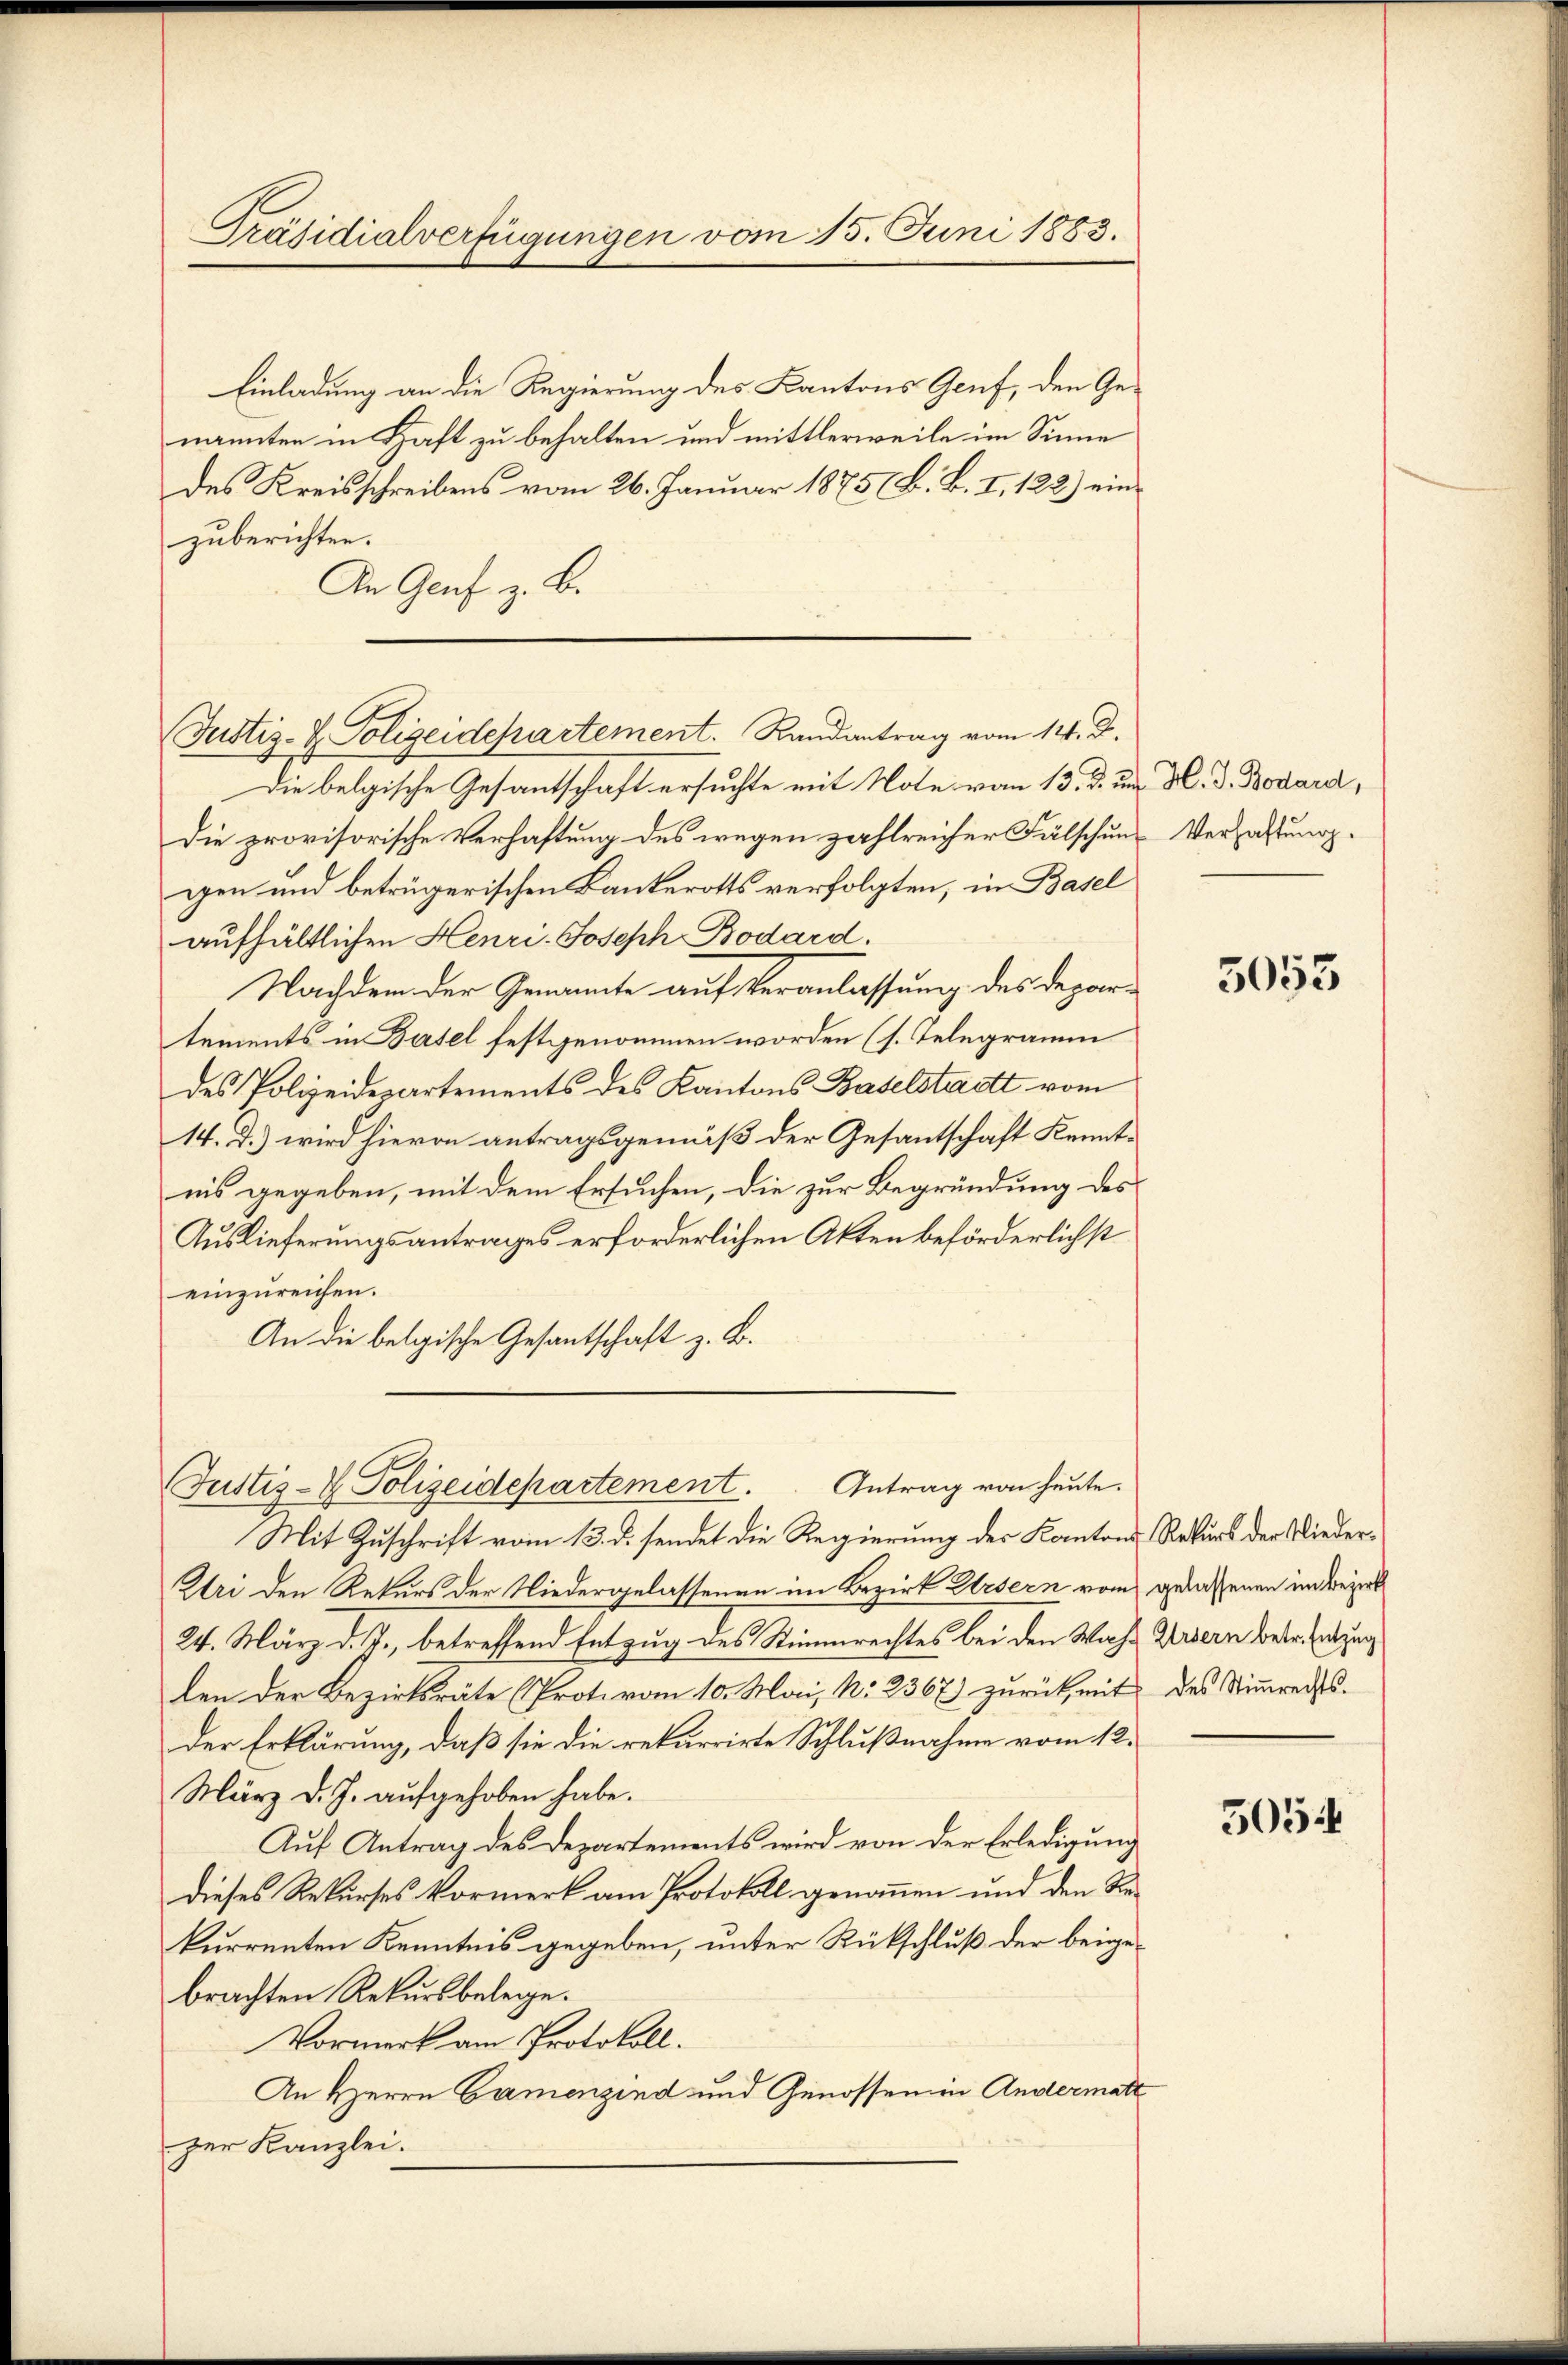
Präsidialverfügungen vom 15. Juni 1883.

Einladung an die Regierung des Kantons Genf, den Genannten in Haft zu behalten und mittlerweile im Sinne
des Kreisschreibens vom 26. Januar 1875 (B. B. I. 123.) einzuberichten.
An Genf z. B.

Die belgische Gesantschaft ersuchte mit Note vom 13. d. um H. d. Bodare,
Die provisorische Verhaftung des wegen zahlreicher Fälschung Verhaltunggen und betrügerischen Bankerotts verfolgten, in Basel
aufhältlichen Henri-Joseph Bodard.
Nachdem der Genannte auf Veranlassung des Departements in Basel festgenommen worden (s. Telegramm
des Polizeidepartements des Kantons Baselstadt vom
14. T.) wird hievon antragsgemäß der Gesandtschaft Kenntnis gegeben, mit dem Ersuchen, die zur Begründung des
Auslieferungsantrages erforderlichen Akten beförderlichst
einzureichen.
An die belgische Gesantschaft z. B.

Justiz- & Polizeidepartement. Randantrag vom 14. d.

Antrag von heute.
Justiz- & Polizeidepartement.

Mit Zuschrift vom 13. d. sendet die Regierung des Kantons Rekurs der Wieder¬
Uri den Rekurs der Niedergelassenen im Bezirk Ursern vom gelassenen im Kreiserl
24. März d. J., betreffend Entzug des Stimmrechtes bei den Wahl Widern betr. Entzug
len der Bezirksräte (Prote vom 10. Mai, N. 2367 zurück, mit des Stimmrechtsder Erklärung, daß sie die rekurrirte Schlußnahme vom 12.
März d. J. aufgehoben habe.
Auf Antrag des Departements wird von der Erledigung
dieses Rekurses Vormerk am Protokoll genommen und den Rekurrenten Kenntnis gegeben, unter Rückschluß der beigebrachten Rekursbelege.
Vormerk am Protokoll.
An Herrn Camenzind und Genossen in Andermatt
zer Kanzlei.

3053

5054